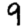
Digit: 9